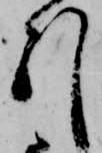
引